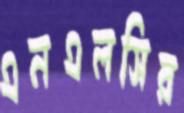
এনএলসির